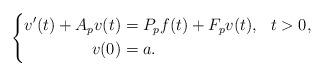
LaTeX: \begin{align*} \left\{\begin{aligned} v'(t) + A_pv(t) &= P_pf(t) + F_pv(t), && t>0, \\v(0) &= a. &&\end{aligned}\right.\end{align*}